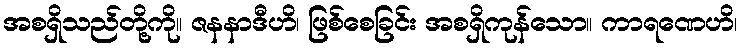
အစရှိသည်တို့ကို။ ဇနနာဒီဟိ၊ ဖြစ်စေခြင်း အစရှိကုန်သော။ ကာရဏေဟိ၊